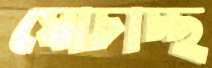
ঘোচাচ্ছ